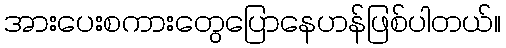
အားပေးစကားတွေပြောနေဟန်ဖြစ်ပါတယ်။